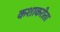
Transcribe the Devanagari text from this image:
कशाकरीता